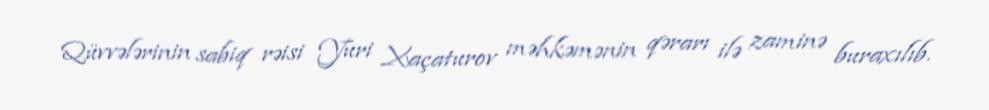
Qüvvələrinin sabiq rəisi Yuri Xaçaturov məhkəmənin qərarı ilə zaminə buraxılıb.